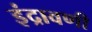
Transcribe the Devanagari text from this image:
इंद्रावणी